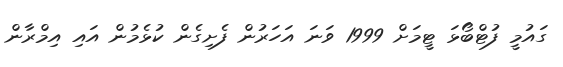
ގައުމީ ފުޓްބޯޅަ ޓީމަށް 1999 ވަނަ އަހަރުން ފެށިގެން ކުޅެމުން އައި އިމްރާން